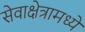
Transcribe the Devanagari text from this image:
सेवाक्षेत्रामध्ये